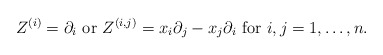
\begin{align*}Z^{(i)} =\partial_i \mbox{ or } Z^{(i,j)}= x_i \partial_j - x_j \partial_i \mbox{ for }i, j=1,\dots, n. \end{align*}